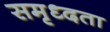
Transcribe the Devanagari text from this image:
समृध्दता